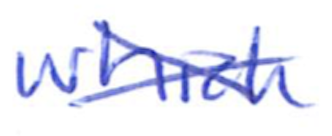
Text: which
Cross-out: cross
Writing tool: ballpoint